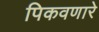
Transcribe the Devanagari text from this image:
पिकवणारे